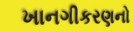
ખાનગીકરણનો